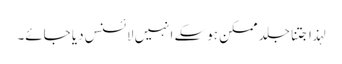
لہذا جتنا جلد ممکن ہوسکے انہیں لائسنس دیا جائے۔